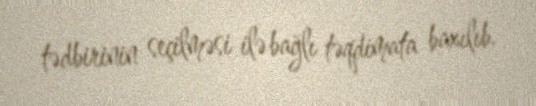
tədbirinin seçilməsi ilə bağlı təqdimata baxılıb.